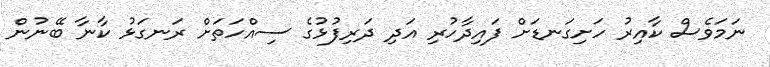
ނަމަވެސް ކާއިރު ހަށިގަނޑަށް ފައިދާހުރި އަދި ދަރިފުޅުގެ ސިއްހަތަށް ރަނގަޅު ކާނާ ބޭނުން